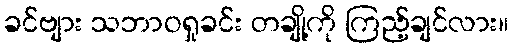
ခင်ဗျား သဘာဝရှုခင်း တချို့ကို ကြည့်ချင်လား။